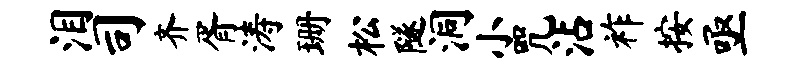
泪司齐胥涛珊松隧洞小咒沾祚按亟